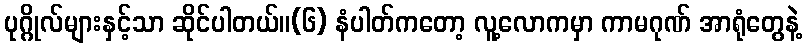
ပုဂ္ဂိုလ်များနှင့်သာ ဆိုင်ပါတယ်။(၆) နံပါတ်ကတော့ လူ့လောကမှာ ကာမဂုဏ် အာရုံတွေနဲ့